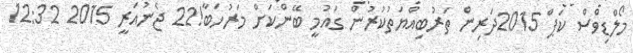
މޯލްޑިވްސް ކަޕް 2015ދަރިން ތަރުބިއްޔަތުކުރުން ގައުމީ ބޭންކަށް މަރުހަބާ!22 ޖެނުއަރީ 2015 12:32